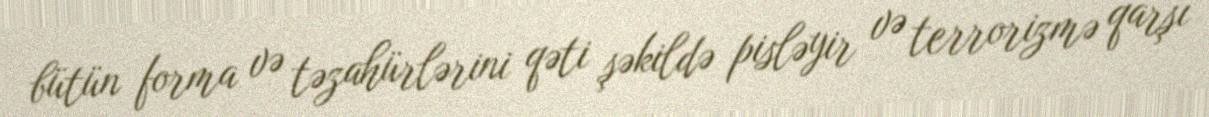
bütün forma və təzahürlərini qəti şəkildə pisləyir və terrorizmə qarşı